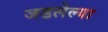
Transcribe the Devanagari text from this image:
जडलेल्या